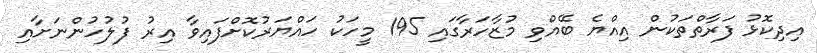
އިދިކޮޅު ފަރާތްތަކުން އިއްޔެ ބޭއްވި މުޒާހަރާގައި 195 މީހަކު ހައްޔަރުކޮށްފައިވާ އިރު ފުލުހުންނަށާއި